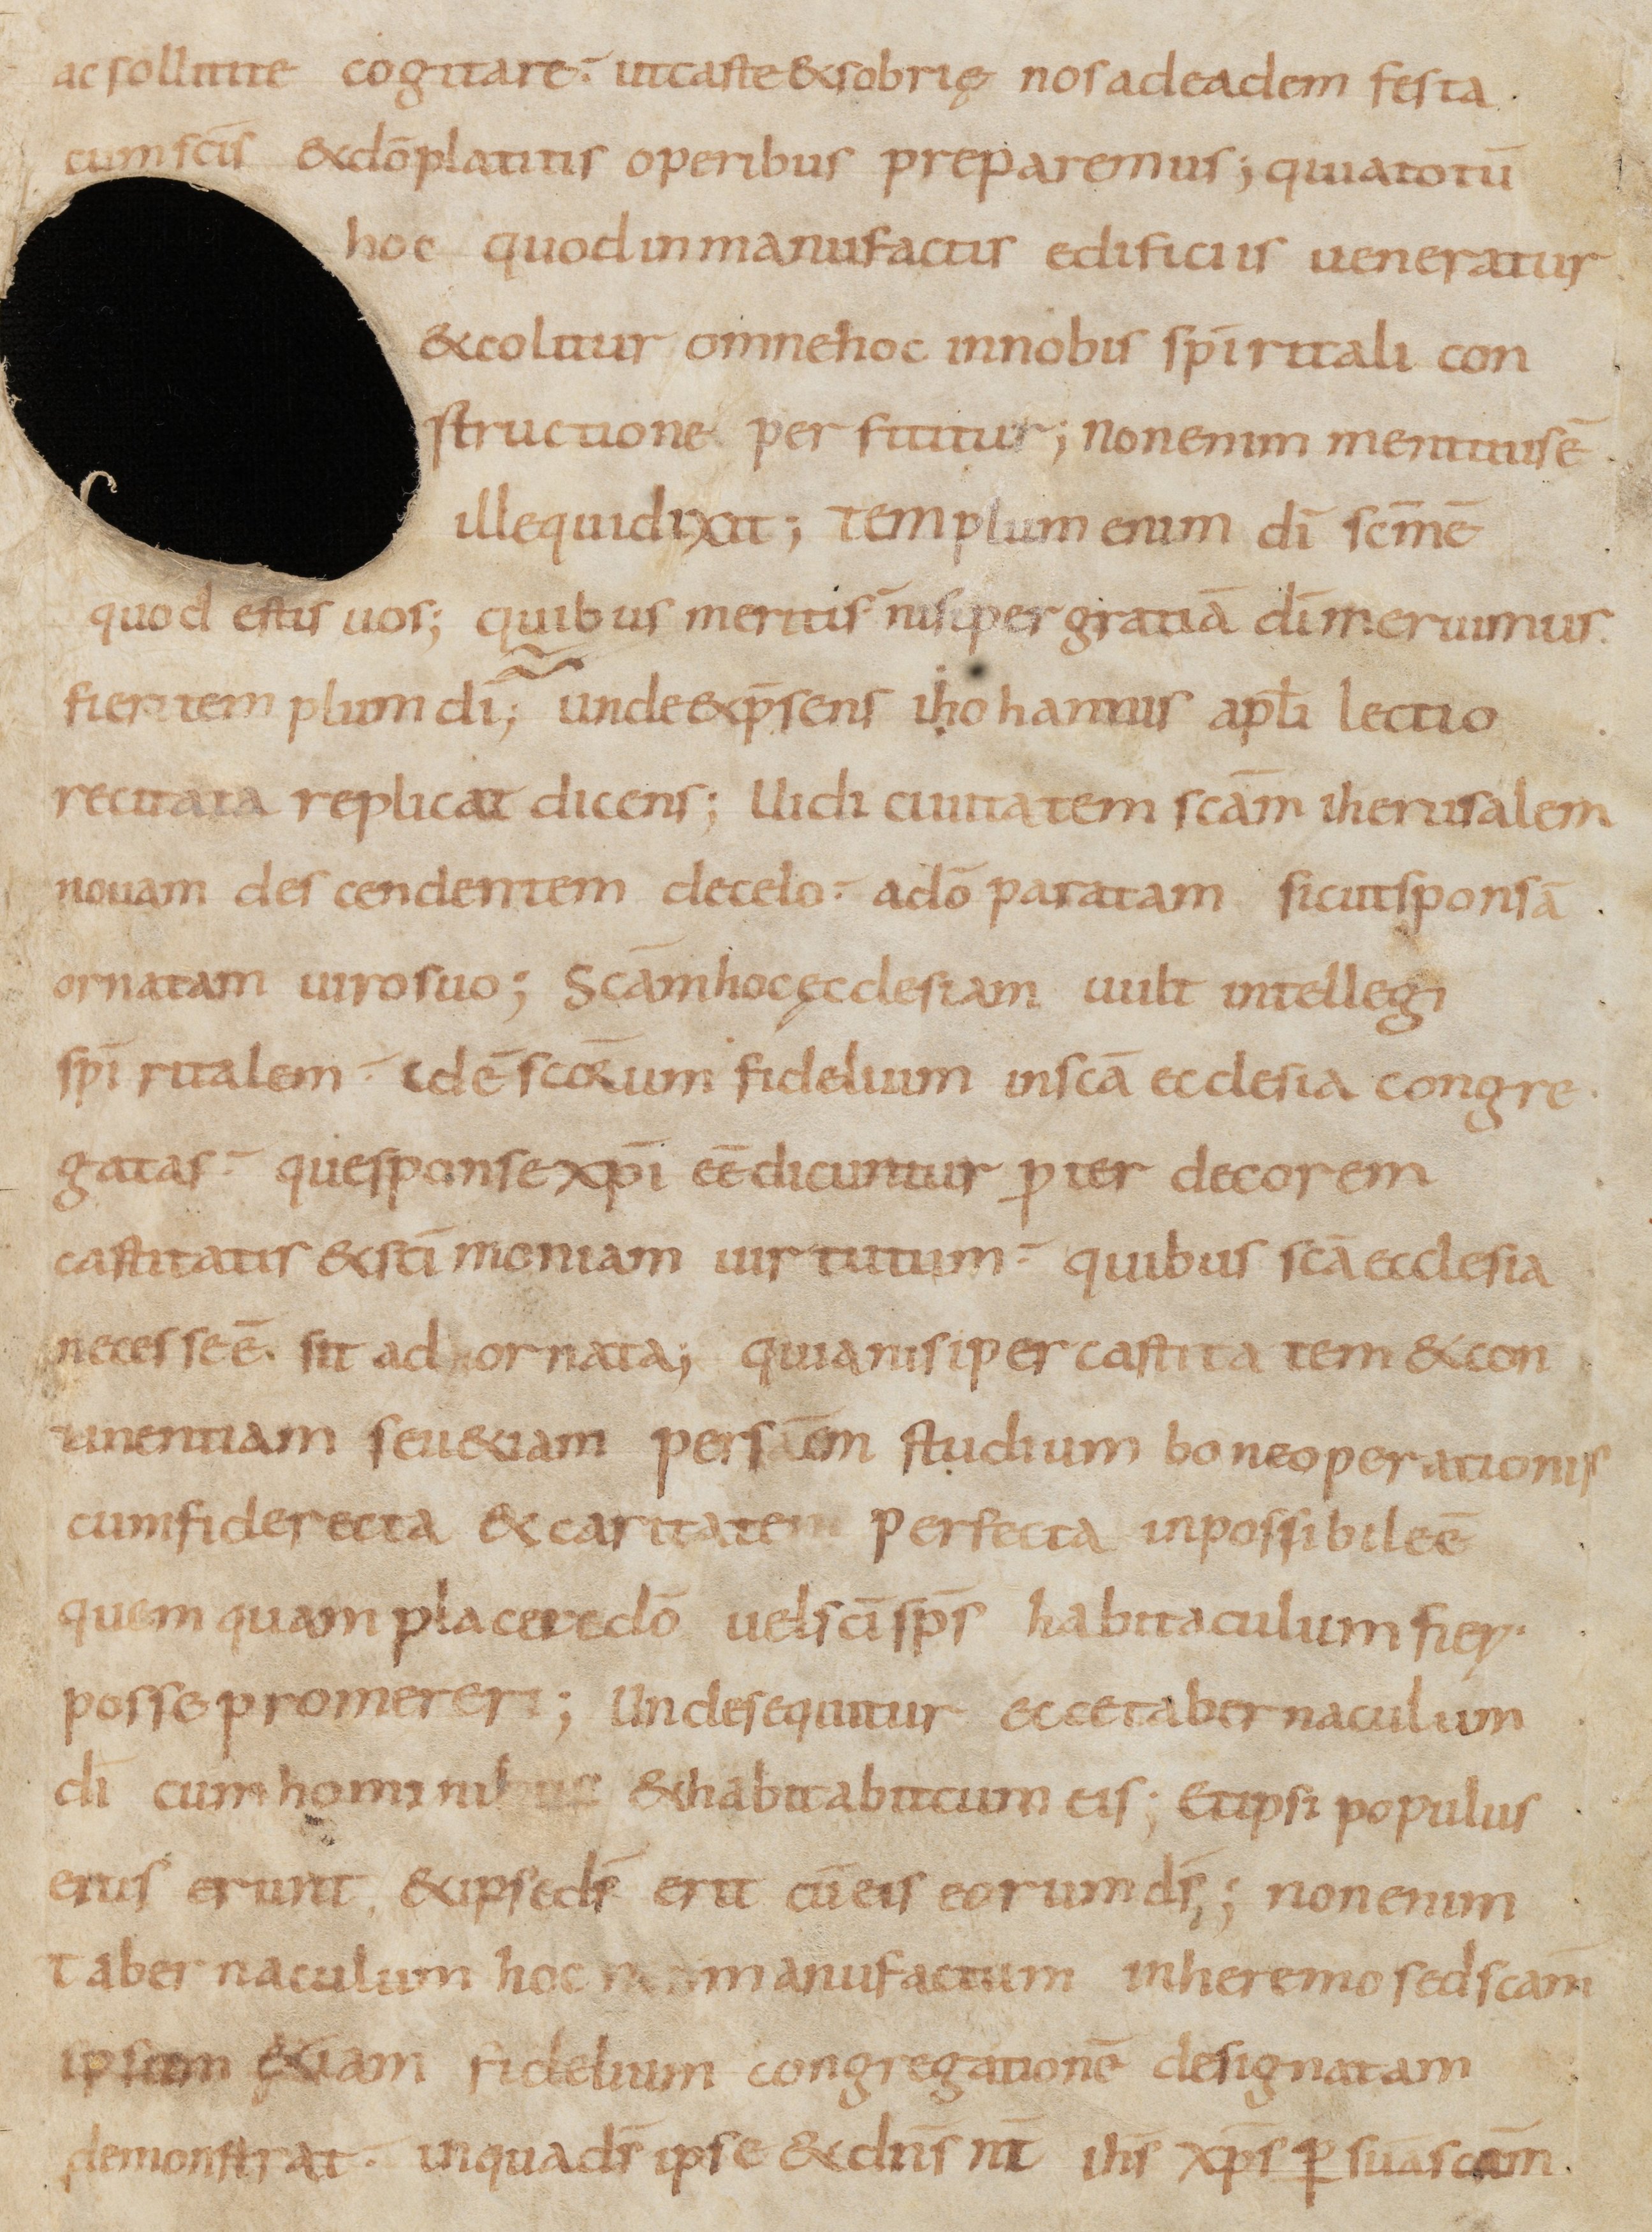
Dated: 800–899